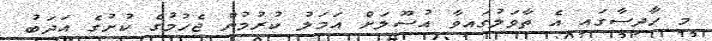
މި ހާދިސާގައި އެ ތާވަލުގައިވާ އުސޫލަށް އަމަލު ކުރުމުން ޖެހުމުގެ ކުށުގެ އަދަބު